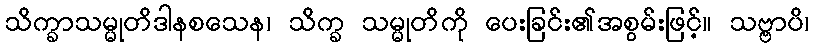
သိက္ခာသမ္မုတိဒါနစသေန၊ သိက္ခ သမ္မုတိကို ပေးခြင်း၏အစွမ်းဖြင့်။ သဗ္ဗာပိ၊